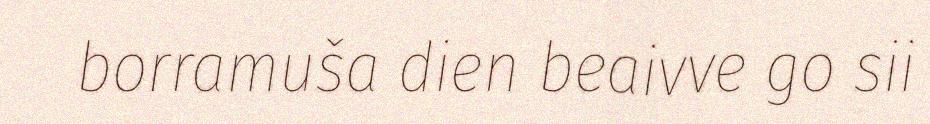
borramuša dien beaivve go sii